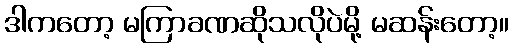
ဒါကတော့ မကြာခဏဆိုသလိုပဲမို့ မဆန်းတော့။